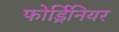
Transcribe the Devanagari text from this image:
फोर्ड्रिनियर